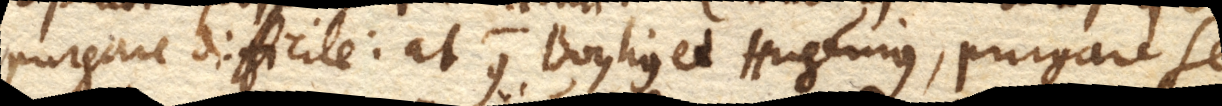
purgare difficile: at contra Boylius et Hugenius, purgare se